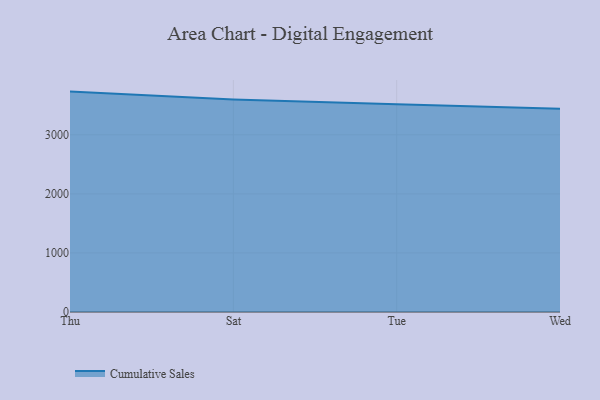
{"axis": {"x": "Day", "y": "Conversion Rate (%)"}, "legend": ["Cumulative Sales"], "data": [{"x": "Thu", "y": 3731.3, "type": "Cumulative Sales"}, {"x": "Sat", "y": 3596.4, "type": "Cumulative Sales"}, {"x": "Tue", "y": 3517.9, "type": "Cumulative Sales"}, {"x": "Wed", "y": 3440.6, "type": "Cumulative Sales"}]}